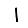
Digit: 1